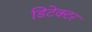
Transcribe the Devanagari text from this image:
डिटेक्‍टर